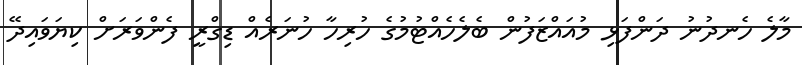
މާލެ ހެނދުނު ދަންފަޅި މުއައްޒަފުން ބެލެހެއްޓުމުގެ ހުރިހާ ހުނަރެއް ޑިގްރީ ފެންވަރަށް ކިޔަވައިދޭ